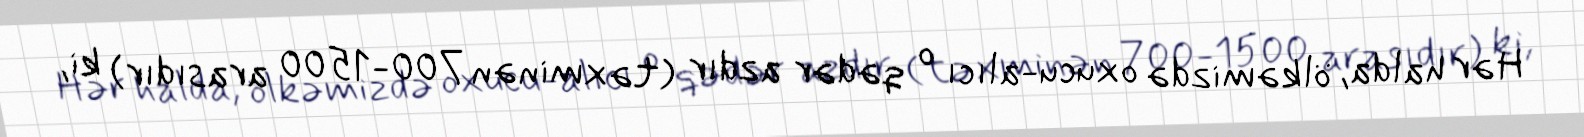
Hər halda, ölkəmizdə oxucu-alıcı o qədər azdır (təxminən 700-1500 arasıdır) ki,